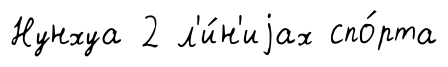
Нунхуа 2 л'и́н'иjах спо́рта